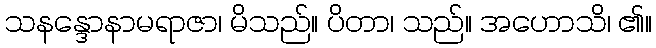
သနန္ဒောနာမရာဇာ၊ မိသည်။ ပိတာ၊ သည်။ အဟောသိ၊ ၏။